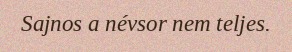
Sajnos a névsor nem teljes.